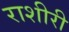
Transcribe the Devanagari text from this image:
राशीरी